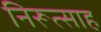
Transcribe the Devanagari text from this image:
निरूत्साह